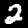
Digit: 2